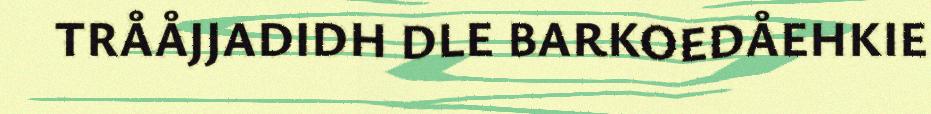
TRÅÅJJADIDH DLE BARKOEDÅEHKIE